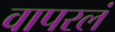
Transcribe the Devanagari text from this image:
वापरलं